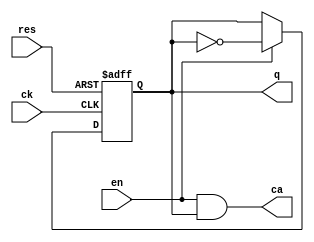
module cnt_unit(ck, res, en, q, ca);

input ck, res, en;
output q, ca;
reg q;

always @(posedge ck or posedge res) begin
    if (res == 1'b1)
        q <= 1'b0;
    else if (en == 1'b1)
        q <= ~q;
end

assign ca = en & q;

endmodule